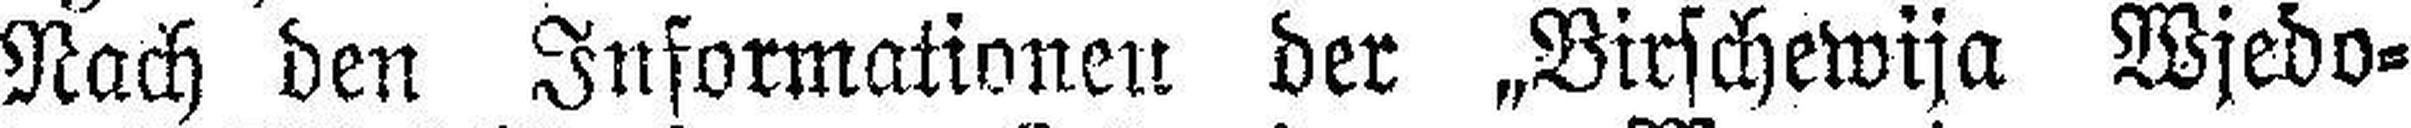
Nach den Informationen der „Birschewija Wjedo¬